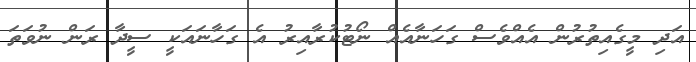
އަދި މީގެއިތުރުން އެއްވެސް ގަހަނާއެއް ނޯޓުކުރާއިރު އެ ގަހާނައަކީ ސީދާ ރަން ނުވަތަ